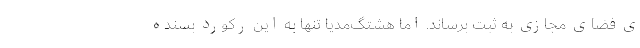
ی فضای مجازی به ثبت برساند. اما هشتگ‌مدیا تنها به این رکورد بسنده